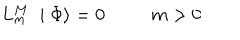
L _ { m } ^ { M } \; \mid \Phi \rangle = 0 m > 0